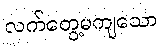
လက်တွေ့မကျသော